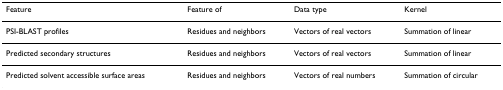
<table><thead><tr><td><b>Feature</b></td><td><b>Feature of</b></td><td><b>Data type</b></td><td><b>Kernel</b></td></tr></thead><tbody><tr><td>PSI-BLAST profiles</td><td>Residues and neighbors</td><td>Vectors of real vectors</td><td>Summation of linear</td></tr><tr><td>Predicted secondary structures</td><td>Residues and neighbors</td><td>Vectors of real vectors</td><td>Summation of linear</td></tr><tr><td>Predicted solvent accessible surface areas</td><td>Residues and neighbors</td><td>Vectors of real numbers</td><td>Summation of circular</td></tr></tbody></table>